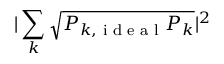
| \sum _ { k } \sqrt { P _ { k , \textrm { i d e a l } } P _ { k } } | ^ { 2 }